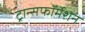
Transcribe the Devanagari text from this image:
ट्रान्सफॉर्मेशन